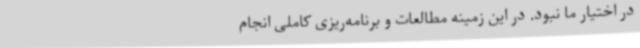
در اختیار ما نبود. در این زمینه مطالعات و برنامه‌ریزی کاملی انجام